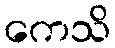
ကေသိ